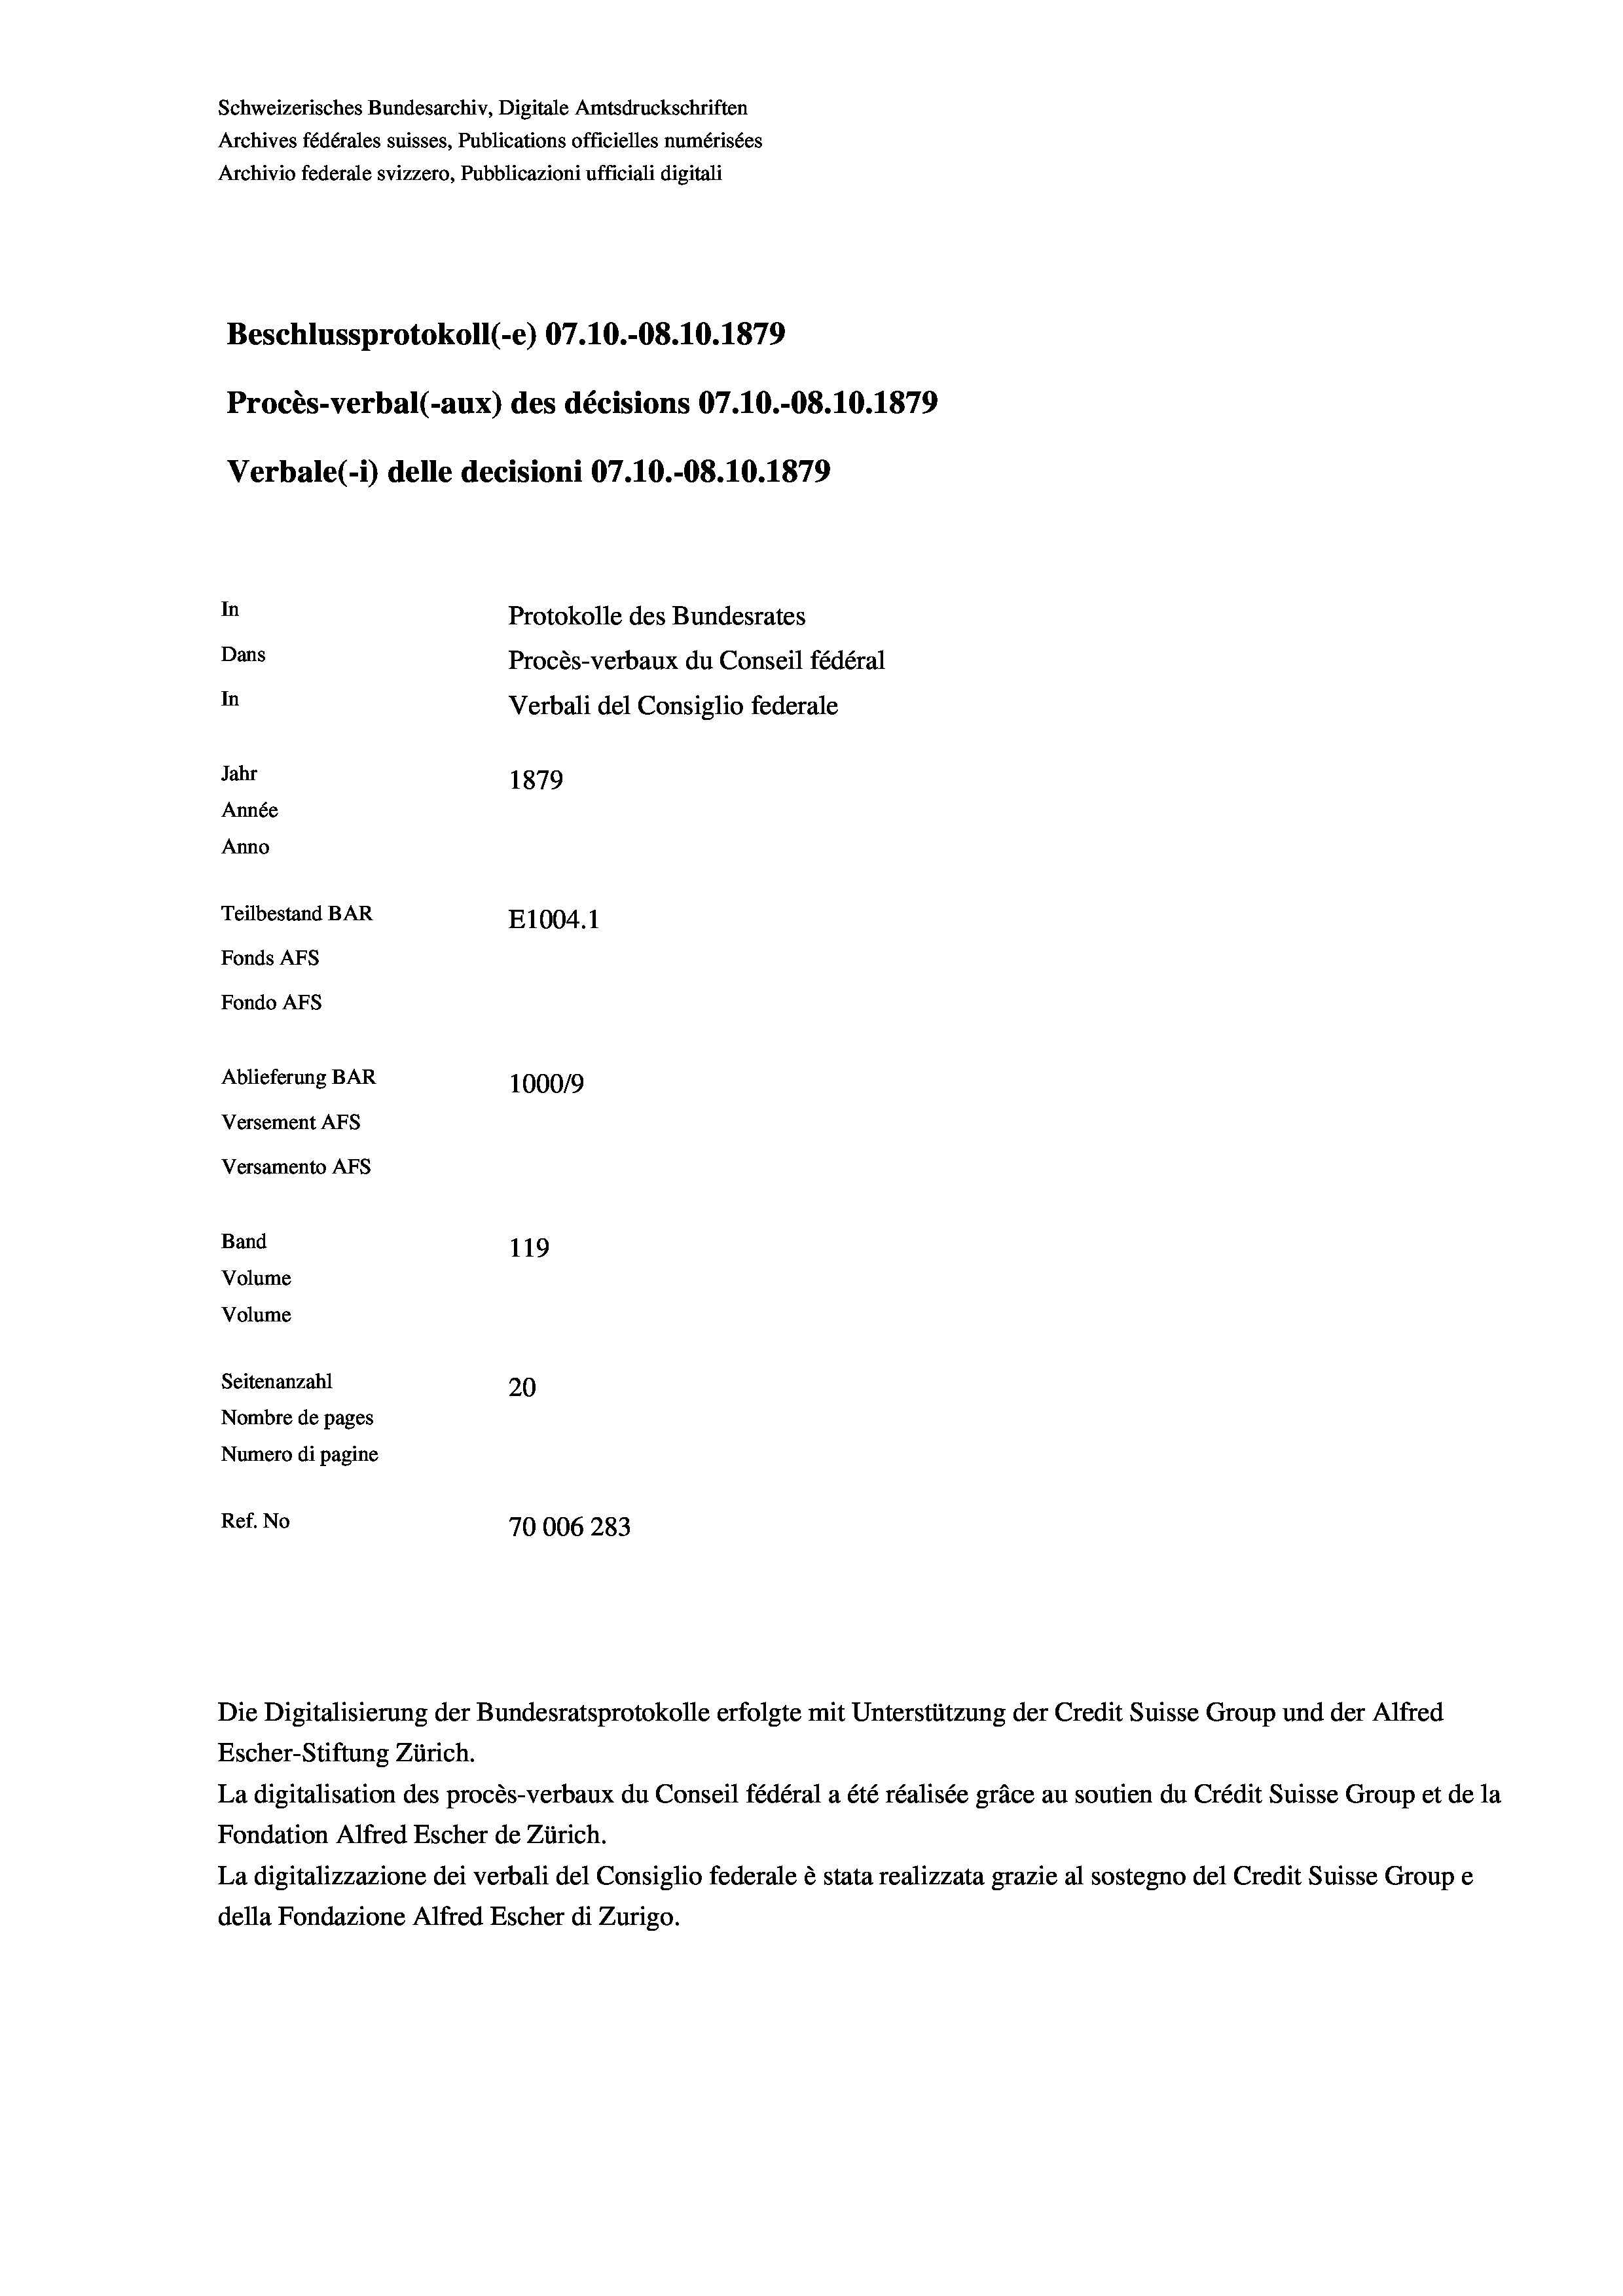
Schweizerisches Bundesarchiv, Digitale Amtsdruckschriften
Archives fédérales suisses, Publications officielles numérisées
Archivio federale svizzero, Pubblicazioni ufficiali digitali
Beschlussprotokoll (-e) 07.10.-08.10.1879
Procès-verbal (-aux) des décisions 07.10.-08.10.1879
Verbale (i) delle decisioni 07.10.-O8.10.1879
In
Protokolle des Bundesrates
Dans
Procès-verbaux du Conseil fédéral
In
Verbali del Consiglio federale
Jahr
1879
Année
Anno
Teilbestand BAR
E1004.1
Fonds AFs
Fondo AFS
Ablieferung BAR
100019
Versement AFs
Versamento AFS
Band
119
Volume
Volume

Seitenanzahl
20
Nombre de pages
Numero di pagine
Ref. No
70006 283

Die Digitalisierung der Bundesratsprotokolle erfolgte mit Unterstützung der Credit Suisse Group und der Alfred
Escher-Stiftung Zürich.
La digitalisation des procès-verbaux du Conseil fédéral a été réalisée gräce au soutien du Crédit Suisse Group et de la
Fondation Alfred Escher de Zürich.
La digitalizzazione dei verbali del Consiglio federale è stata realizzata grazie al sostegno del Credit Suisse Groupe
della Fondazione Alfred Escher di Zurigo.